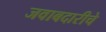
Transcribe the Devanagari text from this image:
जवाबदारीचे